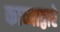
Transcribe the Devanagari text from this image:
काव्याद्वारे